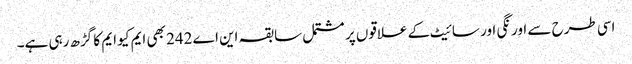
اسی طرح سے اورنگی اور سائیٹ کے علاقوں پر مشتمل سابقہ این اے 242 بھی ایم کیو ایم کا گڑھ رہی ہے۔